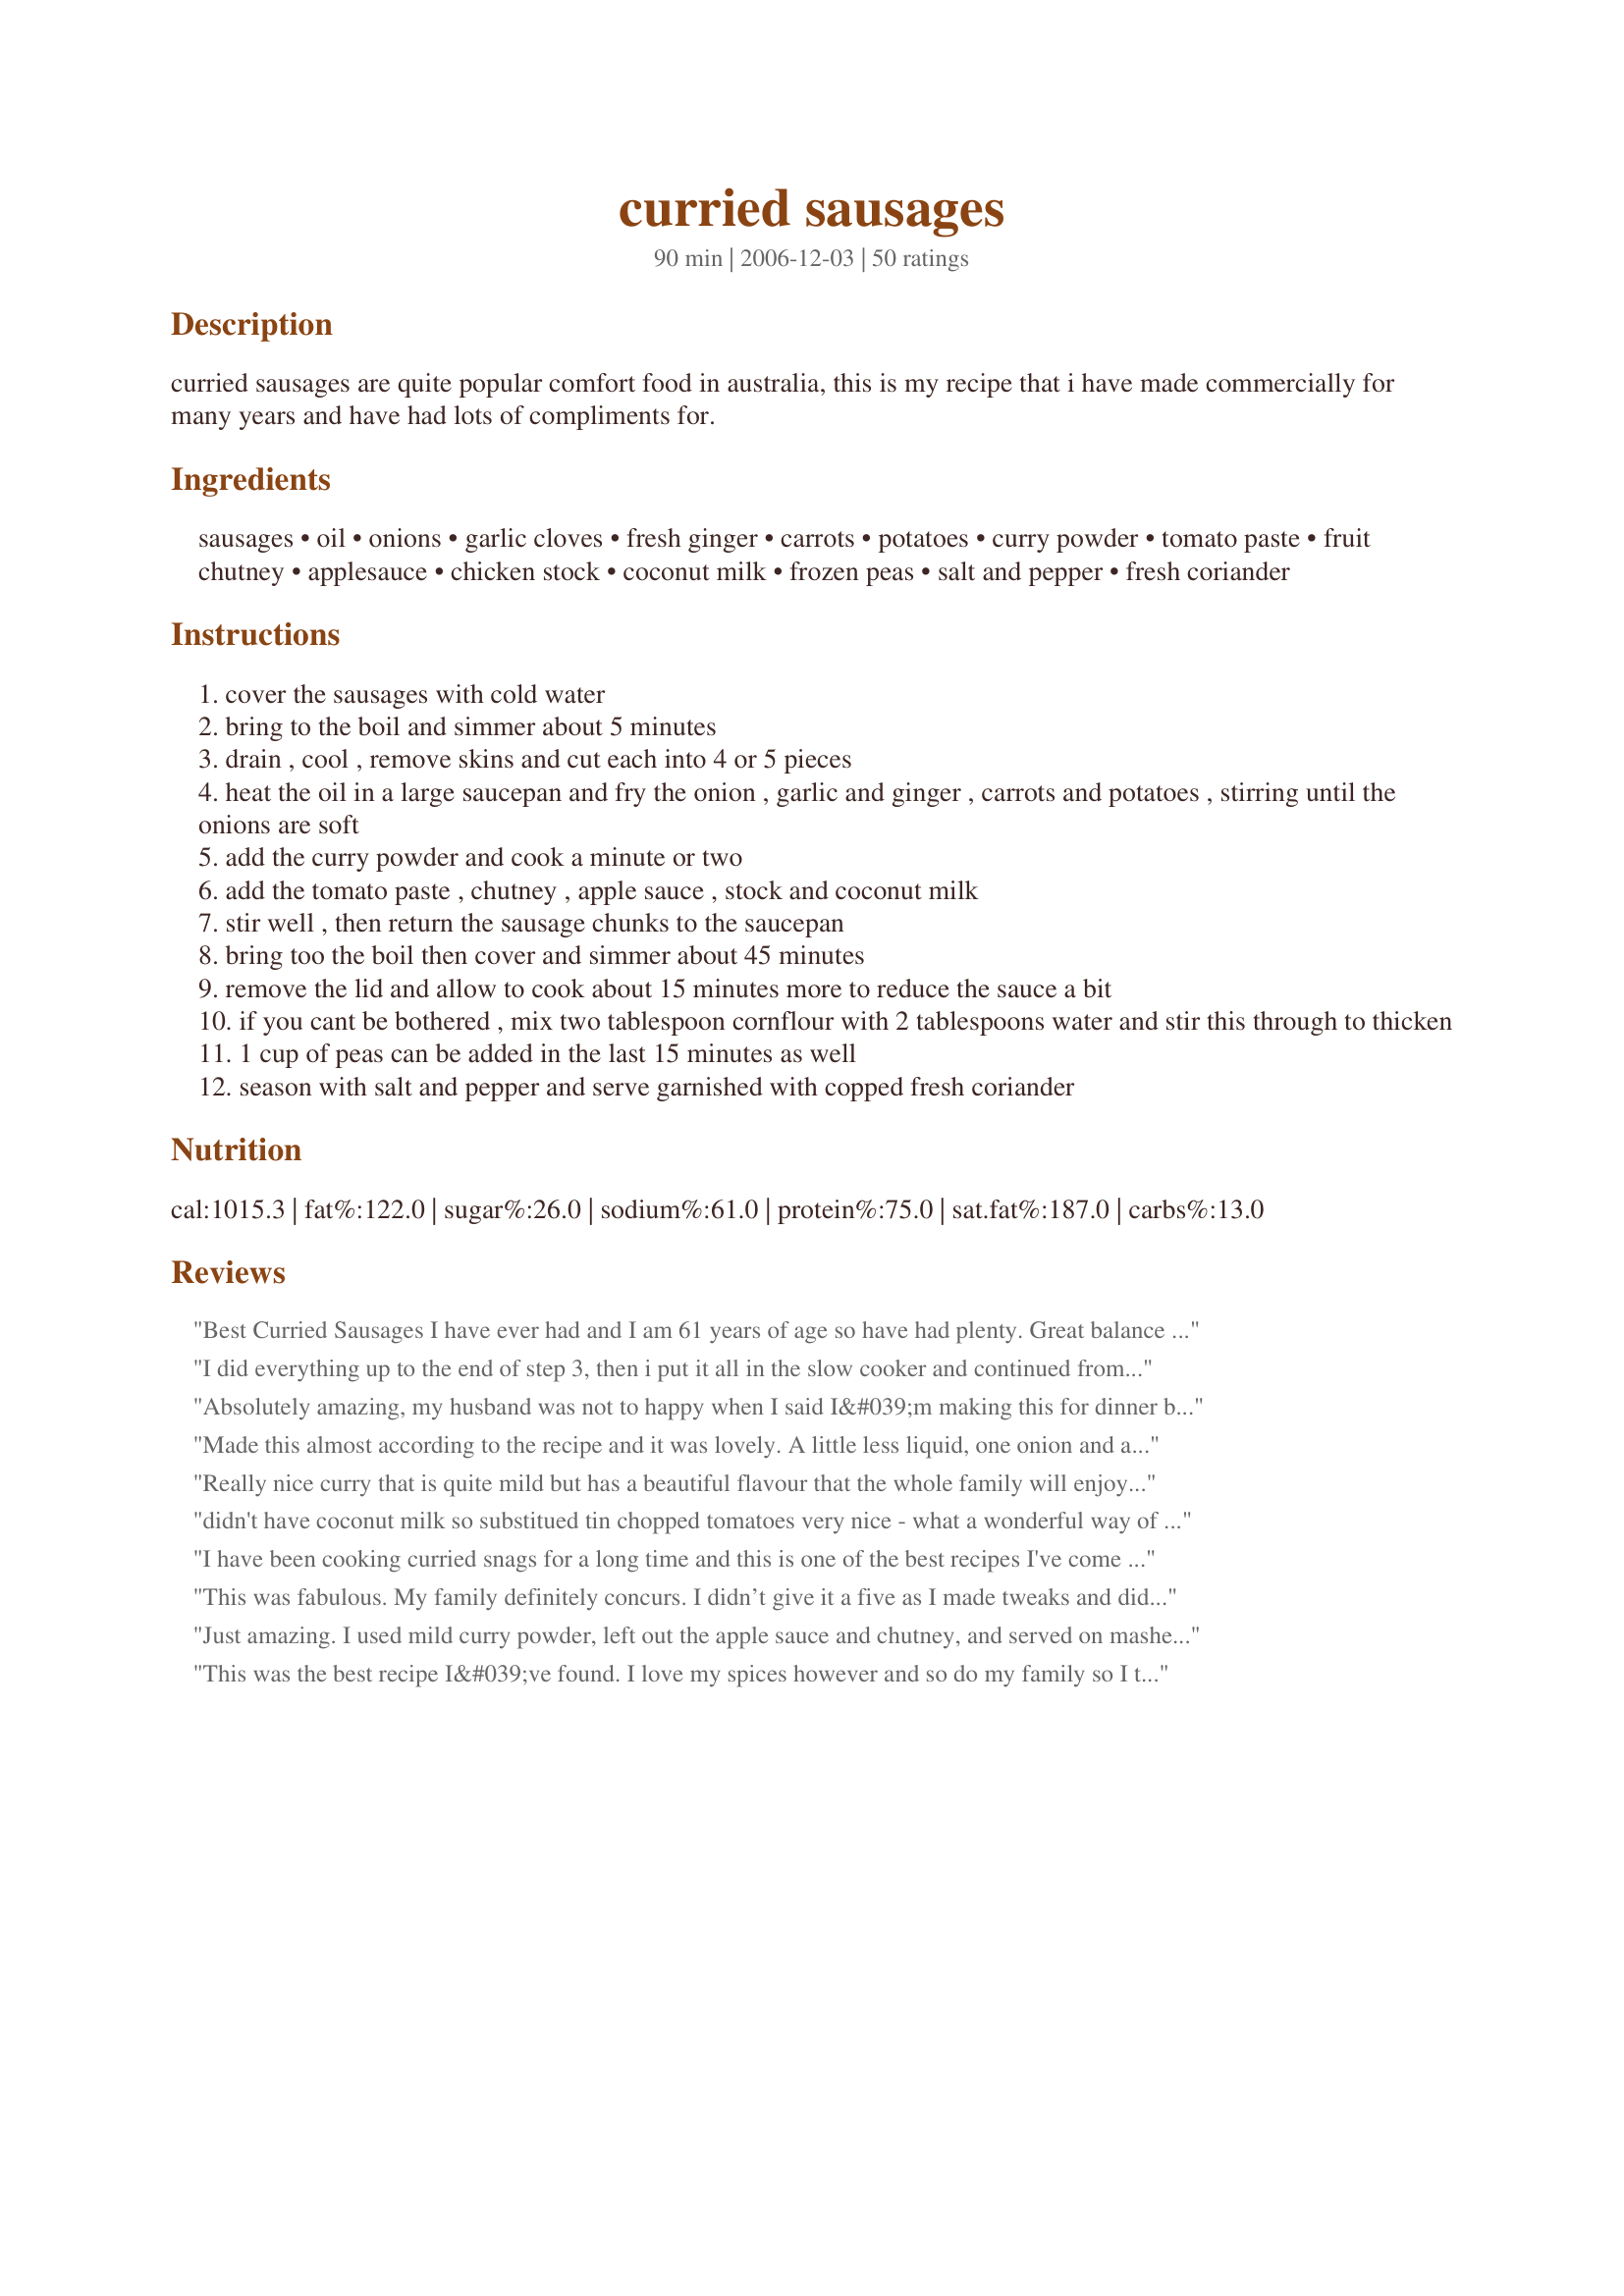
curried sausages
Preparation time: 90 minutes

curried sausages are quite popular comfort food in australia, this is my recipe that i have made commercially for many years and have had lots of compliments for.

Ingredients:
sausages, oil, onions, garlic cloves, fresh ginger, carrots, potatoes, curry powder, tomato paste, fruit chutney, applesauce, chicken stock, coconut milk, frozen peas, salt and pepper, fresh coriander

Steps:
cover the sausages with cold water
bring to the boil and simmer about 5 minutes
drain , cool , remove skins and cut each into 4 or 5 pieces
heat the oil in a large saucepan and fry the onion , garlic and ginger , carrots and potatoes , stirring until the onions are soft
add the curry powder and cook a minute or two
add the tomato paste , chutney , apple sauce , stock and coconut milk
stir well , then return the sausage chunks to the saucepan
bring too the boil then cover and simmer about 45 minutes
remove the lid and allow to cook about 15 minutes more to reduce the sauce a bit
if you cant be bothered , mix two tablespoon cornflour with 2 tablespoons water and stir this through to thicken
1 cup of peas can be added in the last 15 minutes as well
season with salt and pepper and serve garnished with copped fresh coriander

Reviews:
Best Curried Sausages I have ever had and I am 61 years of age so have had plenty. Great balance of flavours. Thanx for the recipe.
I did everything up to the end of step 3, then i put it all in the slow cooker and continued from there. I cooked it on low for about 2 1/2 to 3 hours and it was delicious. We loved it and i'll definately use this recipe again. Very versatile. Thanks :)
Absolutely amazing, my husband was not to happy when I said I&#039;m making this for dinner but once he tasted it he was so surprised and loves it, I&#039;ve now cooked it twice in 1.5 weeks lol. Thank you so very much for sharing this recipe with us ?
Made this almost according to the recipe and it was lovely. A little less liquid, one onion and a small tin of light coconut cream instead of the larger tin of coconut milk. Also substituted masaman paste for the curry powder. Delicious and will go on the 'cook again' list.
Really nice curry that is quite mild but has a beautiful flavour that the whole family will enjoy. Only changes I made were to use light coconut milk and I didn't garnish with coriander.
didn't have coconut milk so substitued tin chopped tomatoes very nice - what a wonderful way of jazzing up boring old sausages
I have been cooking curried snags for a long time and this is one of the best recipes I've come across. Even the kids love it.
This was fabulous. My family definitely concurs. I didn’t give it a five as I made tweaks and did everything after the third step in the slow cooker. Wow. I used moose sausage (for those who always have game meat on hand), and I did add some of my homemade peanut sauce, an extra tbsp or so of my homemade raisin onion chutney (I made it for this recipe - sooo good, and soooo quick since I had leftover caramelized onions from earlier this week). I increased the curry, as per reviews, ; saut&eacute;ed the sausage. Otherwise, all point! I served this with cappage pie (amazing recipe), charred cabbage wedges, grilled naan slices, and coconut basmati. Cilantro to garnish, , Greek yogurt, and lime. Boom. Easy and good as heck:). Thank you!
Just amazing. I used mild curry powder, left out the apple sauce and chutney, and served on mashed potato - it was incredibly good.
This was the best recipe I&#039;ve found. I love my spices however and so do my family so I tripled the curry powder but it still had that great balance of sweet and curry, it was beautifully creamy and it&#039;s the only recipe I will be using from now on! My five year old and one year old loved it!
Was lovely. Seconds for everyone.
So amazing! Did kielbasa and didn&#039;t take the case off just cut it into chunks. Browned them in a cast iron skillet.. Followed with the veggies then transferred it all to a Dutch oven &amp; added ingredients as directed. Took the lid off after 45 minutes, added the peas but ended up simmering about 10 minutes longer for the thickness of the sauce. My man inhaled this meal. Served with rice cooked in the rice cooker. How easy can it get? Yet so delish! Will make again!
Personally I cant stand Curried Sausages, but I make this for my husband who works shifts. I freeze it into individual portions for him to heat at work. He loves it.
Really enjoyed this, made from ingredients in my store cupboard. I browned the sausages first rather than boil them - just personal preference. I used Benjamin's brand of mild Indian curry paste, and a mango and orange chutney. Didn't have apples of any description, so added a teaspoon or two of banana and coconut relish which was lurking in my fridge. Omitted the peas. It took less time to cook than stipulated. A very tasty, cheap meal, which I'll make again. Thanks Jan.
This was amazing.. Beautiful flavours..and a big hit.. Didn&#039;t change a thing... Thank you.
My husband loves curried sausages and I have been trying to find THE recipe that we both like-this is it. Next time I will add more curry because we really like spice but other than that it was fantastic!!
yummy yummy, i made it exactly to your recipe and found it very tasty, will definately be a regular in our household, best thing there was left over for hubbys lunch. Thank you Jan. :)
Really tasty and easy to make, just had it for lunch and the depth and layers of flavour really surprised me. Thank you for posting
Wow! a great version of an Aussie favourite. My family rate all my meals I make with a simple phrase, "thats a have again", and we most certainly will.
My mum used to make curried sausages when I was a kid and I wanted to replicate the recipe for my family and this is the closest I have ever come! This recipe is perfect. I added diced carrot, capsicum and carrot to the mix and left out the potato as i serve on a bed of mas, just because thats how mum used to make it and its what im used to. 5 big stars!!!!!!
Fabulous recipe for the whole family. Just the right amount of spice for my children to eat it all. My hubby loved it too but next time I will add the rice that I had planned to but never did.
I won't give stars because I changed this to a Crockpot recipe (it didn't seem fair to rate with such a big change.) I sauted the onion, potato, garlic and ginger on the stove top. Then I mixed everything else together, I only used 1/2 the coconut milk (Crockpot recipes don't need as much liquid.) I cooked on low for six hours.
Both my husband and I enjoyed this and thought it was an interesting change of pace. The amount of spice was perfect for the spice shy.
Not spicy enough for my husband, but the kids inhaled it. :-) Lovely flavour that I will 'curry up' a little more for next time.
we love it. usually we don't have all the ingredients in the cupboard such as the ginger or coconut milk but it just works everytime.a spicy tomato relish has been used as well.
I added extra curry as was mentioned by a few, left out the peas but was still absolutely delish, will definately make this again. Thanks :)
We made these, delicious
Love this recipe and have made it a few times now. I've tried veggie and regular sausages and still tastes great. I use about a desert spoon of mango chutney and leave out the apple sauce as think it'd be too sweet otherwise. Also use grated coconut and add spinach at the end. Great wholesome dish and my fella simply loves it.
My hubby & I loved this! I was actually looking for a curried chicken recipe, and used this sauce, but with my chicken. It was perfect! I have every intention of trying it again soon, with sausages. Thanks for sharing it! :)
I cook for my mother, and she is difficult to please, and hates curry. I was running late so I sent hubby to mum's with a bowl of this, and expected a small tirade the next day. 
SHE LOVED IT!!!
said it was a 5star all the way and just how she likes her sausages.
Now for me, I like a little more curry, but any recipe that mum likes gets 5 stars from me :)
thanks Jan
So yummy and great on a cool night, can't wait to make it again, partner thinks I'm the best cook ever!!! ??Thanks!!! X
Really yummy!! Only thing I didn&#039;t have was fruit chutney so I used some mango pickle, really great flavour, I might try with a different meat next time, would be great for leftover roast meat I think.
There are always leftover snags in Australia and I used your recipe for ours last night. The three of us loved it, very much. Next time I would add a little less chutney maybe. I also used sweet potato instead of regular potato, so that is probably why it was a little too sweet. But I love sweet potato, carrot, pumpkin, etc and prefer that to regular potato these days. This is my new curried sausages recipe! Thanks Jan.
Thank you so much for sharing this recipe!! We love it!!
Nice and sweet - kid friendly - easy to prepare - can make ahead too!!
Jan, I was about to admit to licking my plate clean, but I'd best not!!!! This was so delicious, I used apple juice instead of applesauce and water in place of the stock. I had a homemade peach chutney to use up, so in it went also.
I didn't need to use the cornflour, and I forgot to add the peas!!!
However the children and DH and I all loved this meal, Yay Jan!!!
What a deliciously authentic tasting recipe! I used tofu sausages as I am a vegetarian but it still tasted great. I have tried curried sausage packet mix where you just add it to the sausages and pop it in the oven but this recipe beats any overprocessed packet mix! You could really taste the individual flavours of the dish such as the curry powder, ginger, garlic, applesauce and coconut milk but it also mixed together well to produce a tasty overall result. Will definitely be making again and this recipe will be going in my book for future usage.
Wow, My first attemp at this site...I have a childhood aversion to curry sausage..thought I would give this a try as am sick of snags and mash UNBELIEVABLE!!! I added some fresh turmeric I as have never used curry powder. I will so make this again and peruse your site. Thankyou for sharing a showstopper
I made this last night and it was absolutely delicious! I served it with rice and everyone loved it ??
Success recipe. Able to use our homemade beef sausages and stuck pretty much to the recipe with minimal substitutes. Will definitely make again and will saut&eacute; sausages next time vs boiling as our sausages are low in fat. Added broccoli bc it was in the fridge. Would add more vegies next time to make this a one bowl meal. Partner on his second bowl so must be ok!!! LOL
I love this recipe. I have made it twice.I leave out the ginger as not keen on it. I also only use 1 onion and 1 garlic clove. I use half of what it says of curry powder. Don&#039;t like hot food!
Made this tonight for our dinner. It was absolutely beautiful. A couple of tweaks as I didn't have friut chutney or coconut milk. I used mango and chilli chutney as that's all I had in the way of a chutney and yoghurt in place of coconut milk. It turned out delicious.
Fantastic reciepe. i was unsure at first when in read the ingredients but what a surprise. i have made this both by boiling the sausages as well as frying them first. I like it both ways
Today is cold , wet and I am home with a sick child...I decided to make your recipe for when the rest of the family came home. What a hero of a recipe! I didn't rush any of the steps and it came up nice and thick - I put it in the crockpot on low for 3 hours to keep for the family to come home to. All gone! I do agree with other reviewer comments that this is a slightly sweet curry, but to meet my family's tastes I added a big blob of peanut butter, a good splash of soy sauce and a touch of vinegar to make it slightly satay style. Cheers JanS
This is a fabulous, kid friendly, curry. I really enjoyed the addition of apple sauce, made it quick and easy to throw together. Didn't use the carrots as I'm not really keen on them but did use slightly more peas than stated. Thanks Jan for a lovely meal.
I love curry and I thought this was a nice stew. I liked the potatoes, carrots, and peas of a traditional stew combined with the sweet and spicy curry flavors. DH and DS were less enthusiastic - they would have rated it 3 star - they liked it but weren't overly excited. Wish there was a restaurant around here that served a dish like this! Made for Aus/NZ recipe swap.
Best curried sausages ever, so quick and easy ! Will be a well used recipe in winter YUM ! I didnt have any ginger or corriander either
This is an amazing recipe so easy and so yummy
This was really good! I left out the onions and the fruit chutney and I used fresh ginger and garlic cloves which I chopped up in the food processor and mixed with the sauce. I used a little bit of extra tomato paste, maybe 3 tablespoons instead of 2. I also increased the curry powder for 1 tablespoon to about 2 1/2 tablespoons and added garlic powder and onion powder. I used a whole can of peas but next time I will only use half because it was too many. I served it over plain couscous. Instead of making it as instructed, I cooked the sausage in a frying pan and then put everything in the crockpot.
Great recipe Jan! Despite being Aussie I'd never had curried sausages before (my hubby nearly died of shock!) and these were great! I used hot curry powder, lamb sausages (browned rather than boiled), tomato chutney and lite coconut milk - great easy weeknight meal and will definately be made again!
This recipe is awesome! I've been trying to find this sort of recipe for ages but it seems to have vanished and more modern takes have been produced. I prefer good old fashioned cooking and hearty meals. This recipe brings it all out, absolutely adored it, Thanx so much JustJanS!
